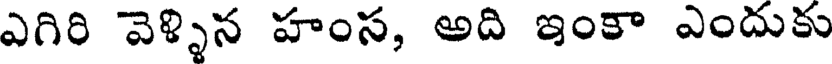
ఎగిరి వెళ్ళిన హంస, అది ఇంకా ఎందుకు